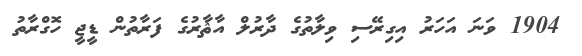
1904 ވަނަ އަހަރު އިގިރޭސި ވިލާތުގެ ދާރުލް އާޘާރުގެ ފަރާތުން ޑީޖީ ހޮގްރާތު